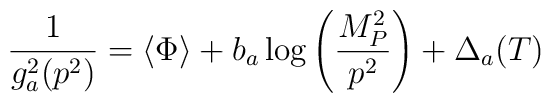
\frac{1}{g_{a}^{2}(p^{2})}=\langle\Phi\rangle+b_{a}\log{\left(\frac{M_{P}^{2}}{p^{2}}\right)}+\Delta_{a}(T)